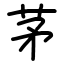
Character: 茅